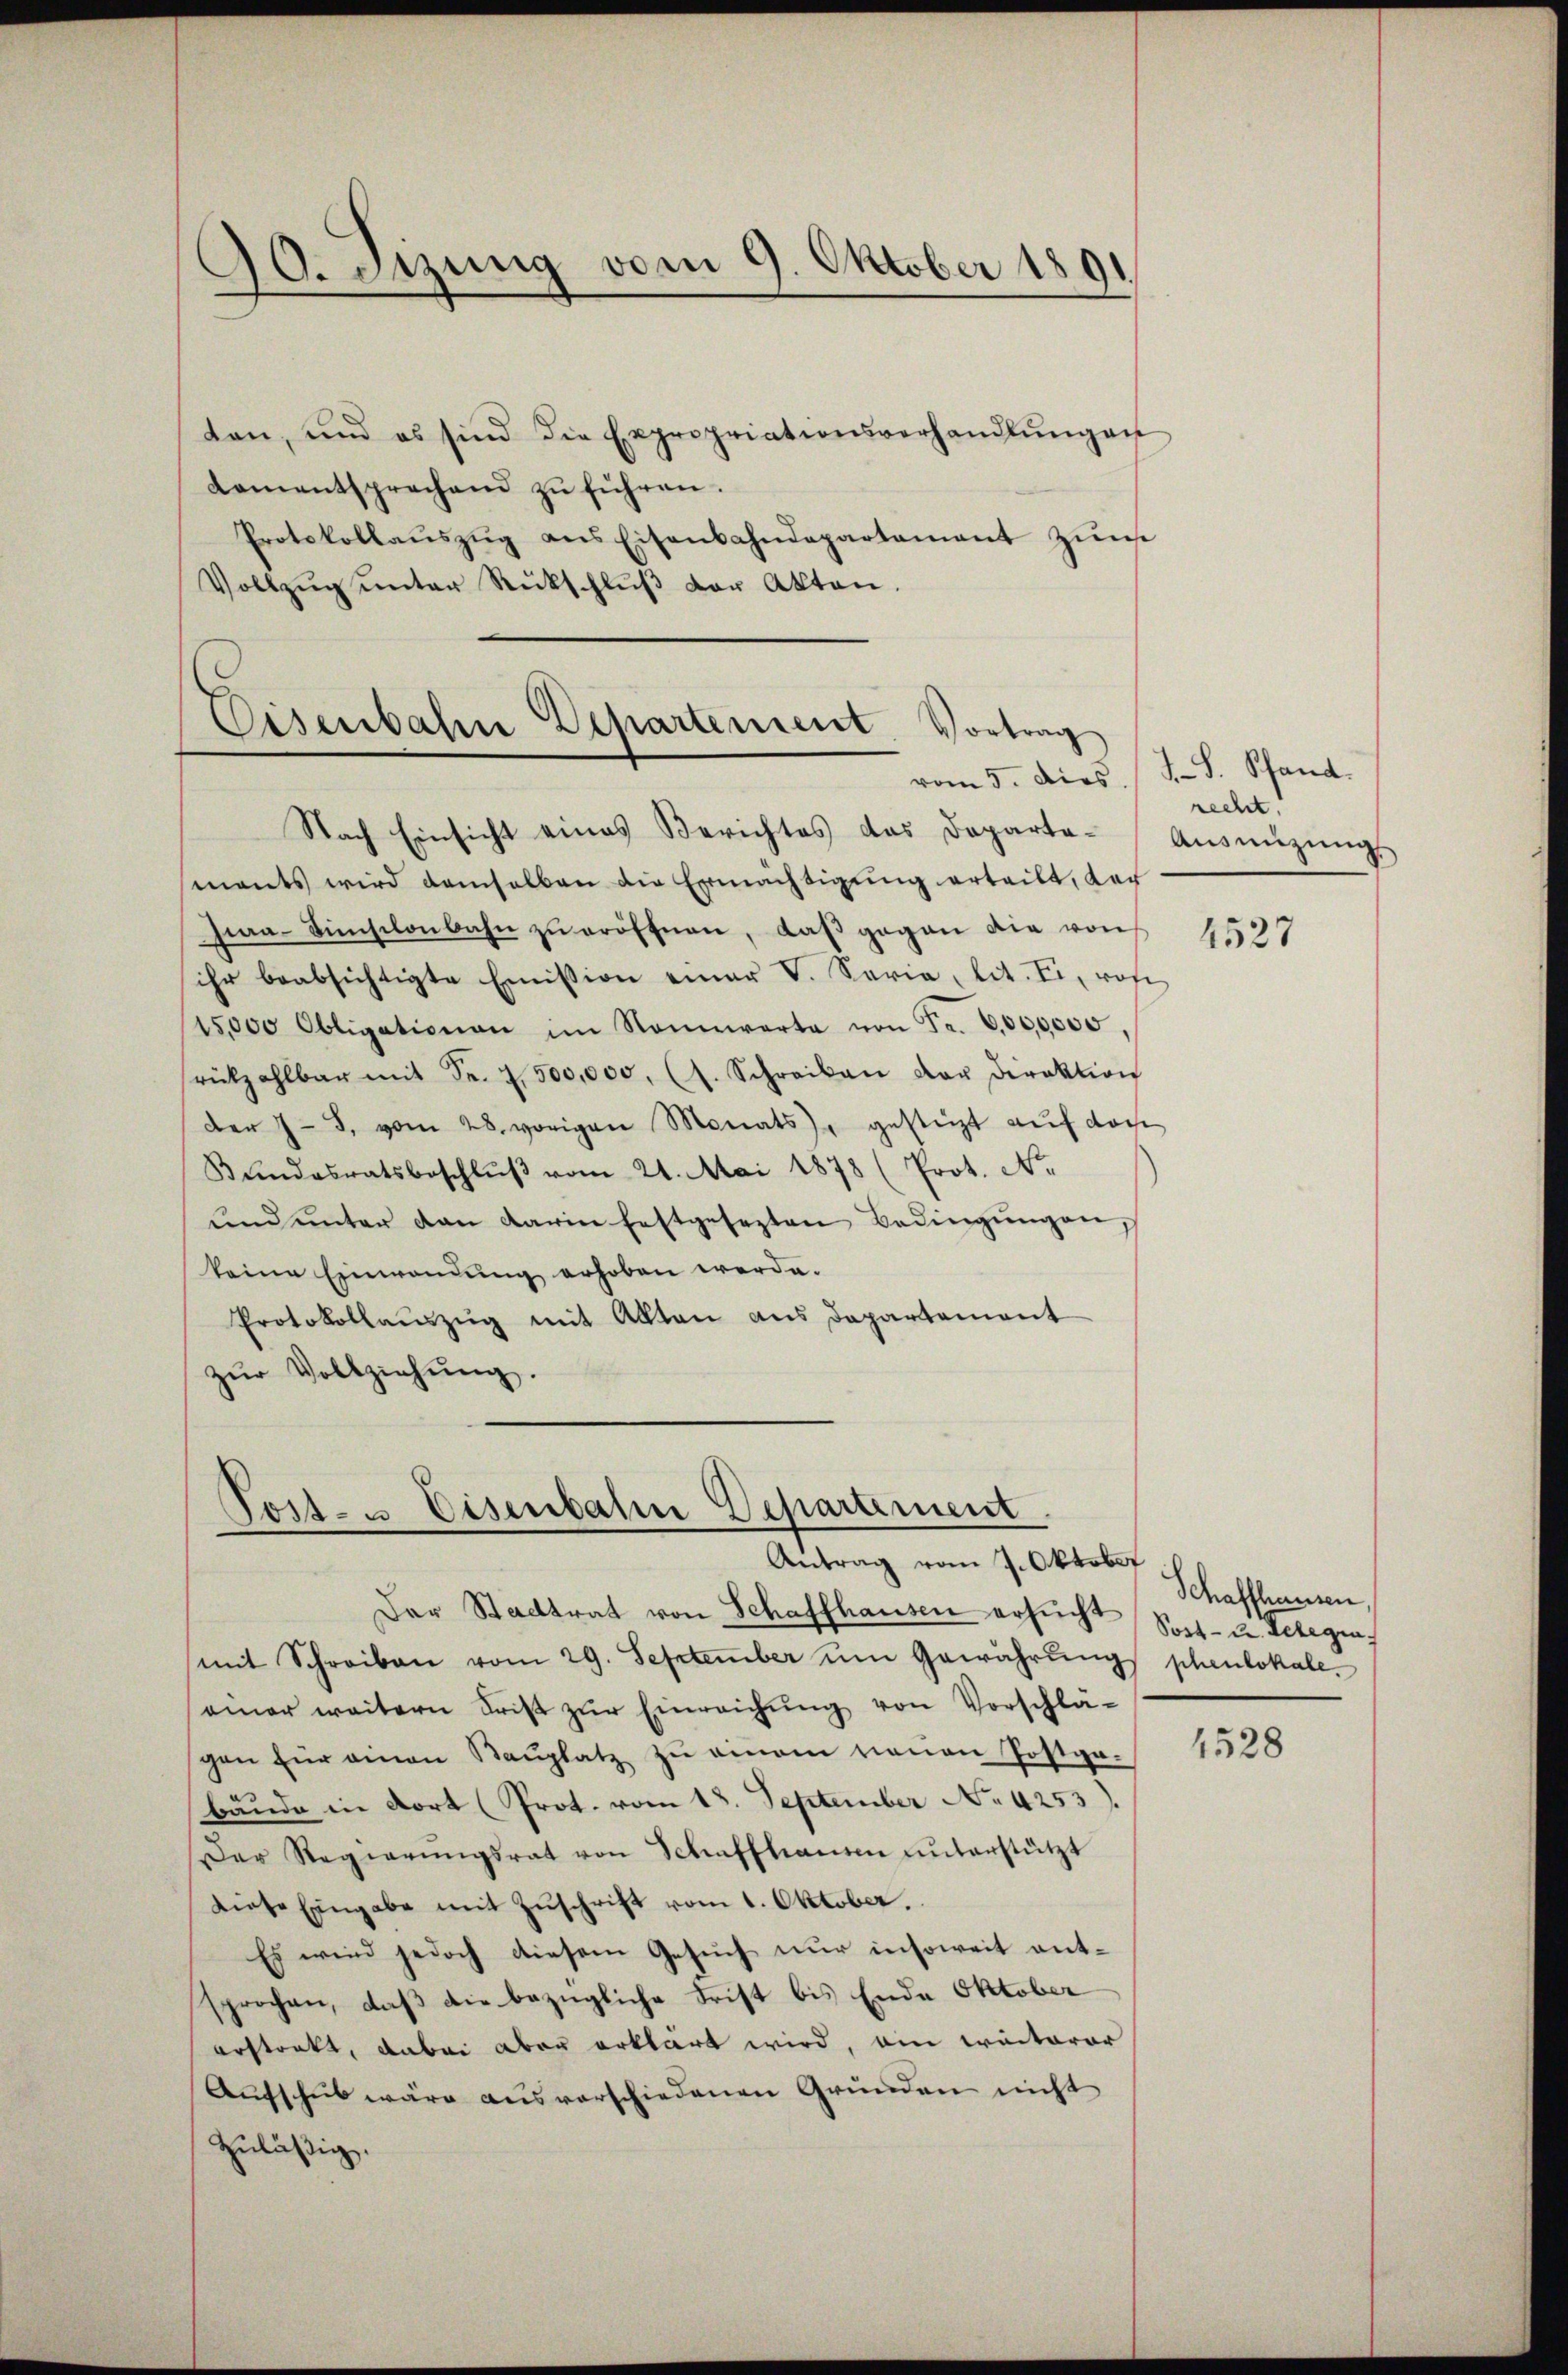
30. Sizung vom 9. Oktober 1891

ten, und es sind die Expropriationsverhandlŭngen
Lamentsprechend zŭ führen.
Protokollaŭszŭg ans Eisenbahndepartament zŭm
Vollzŭg ŭnter Rückschlŭβ der Akten.

Eisenbahne Departement. Vortrag
vom 5. dies. (T. S. Pfand.

Post- u. Eisenbahn Departement
Antrag vom 7. Oktober

Nach Einsicht eines Berichtes das Departe-Aŭsmizŭngs-
ments wird demselben die Ermächtigung erteilt, der
zwa-Sinischenbahn zŭ eröffnen, daβ gegen die von
ihr beabsichtigte Emission einer V. Seria, lit. Ei, rof-
15,000 Obligationen im Nonnwarte von Fr. 600,0000,
rückzahlbar mit Fr. 7500,000, (s. Schreiben der Direktion
der J. J. vom 28. vorigen Monats gestüzt auf das
Bŭndesratsbeschlŭβ vom 21. Mai 1878 (Prot. No.
ŭnd ŭnter dan darin festgesezten Bedingŭngen,
keine Einwendung erhoben werde.
Protokollaŭszŭg mit Akten aus Departement
zŭr Vollziehŭng.

Der Stadtrat von Schaffhausen ersucht Sort- u. Telegen
mit Schreiben vom 29. September ŭm Gewährŭng phenlokale.
ainer weitern Frist zŭr Einreichŭng von Vorschlä-
gen für einen Raŭplatz zu einem neuen Postpa-
bäude in dort (Prot. vom 18. September No. 4253).
Der Regierŭngsrat von Schaffhausen unterstützt
Diese Eingabe mit Zŭschrift vom 1. Oktober.
Es wird jedoch diesem Gesuch nur insoweit entsprochen, daß die bezügliche Frist bis Ende Oktober
erstarkt, dabei aber erklärt wird, ein weiterer
Aŭfschub wäre aus verschiedenen Gründen nicht
zuläßig.

recht.

4527

Schaffhausen.

1528